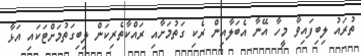
ތުރައު ލިބިފައިވާ މީހާ އޭނާ އެބަލާއިން ރެކި ގަތުމަށާއި ރައްކާތެރިކަން ލިބިގަތުމަށްޓަކައި އަޅާ